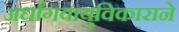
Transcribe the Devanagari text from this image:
अर्धांगवायुविकाराने